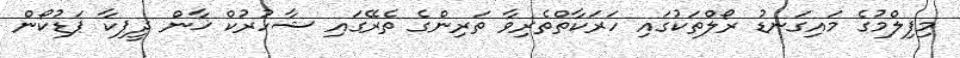
މިފިލްމުގެ މައިގަނޑު ރޯލްތަކުގައި ހަރަކާތްތެރިވާ ތަރިންގެ ތެރޭގައި ޝާހުރުކް ޚާން ދީޕިކާ ޕަޑުކޯން